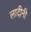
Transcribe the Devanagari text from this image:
लादीनी